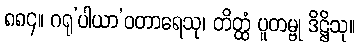
၈၈၄။ ဂရု’ပါယာ’ဝတာရေသု၊ တိတ္ထံ ပူတမ္ဗု ဒိဋ္ဌိသု။